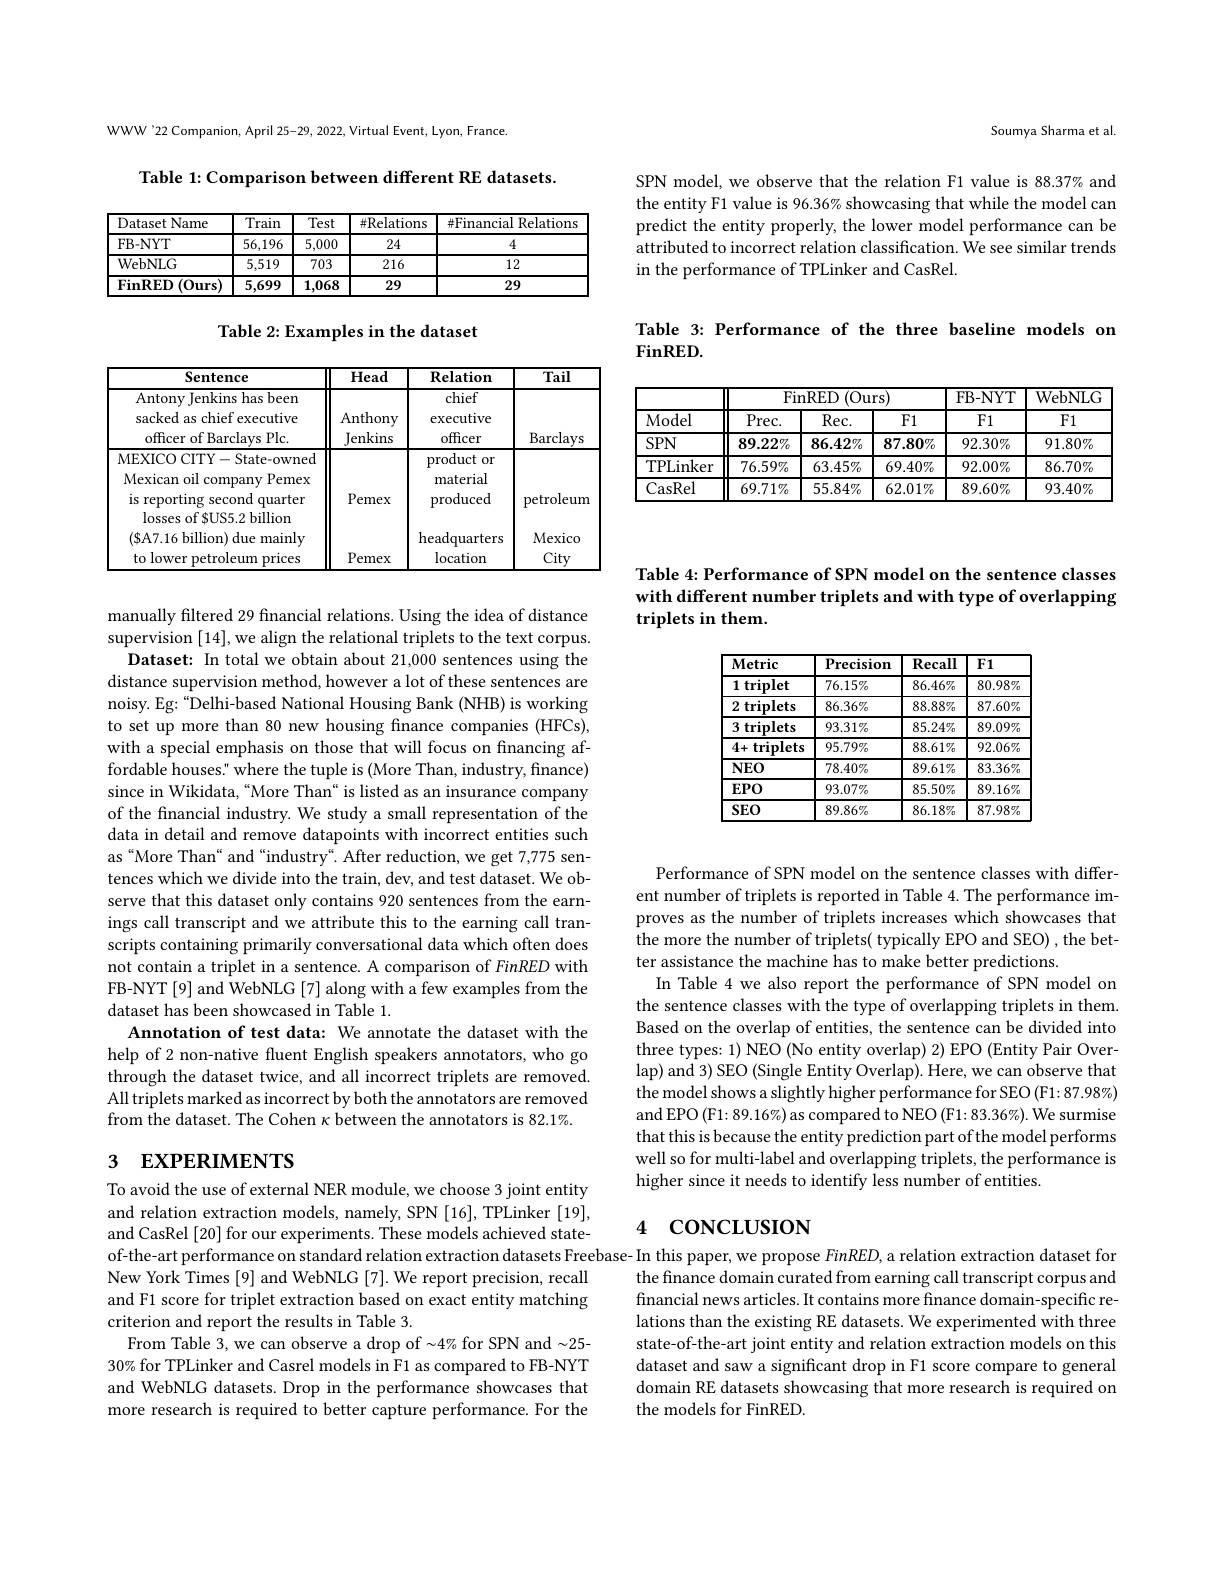
Soumya Sharma et al.

SPN model, we observe that the relation F1 value is 88.37% and the entity F1 value is 96.36% showcasing that while the model can predict the entity properly, the lower model performance can be attributed to incorrect relation classification. We see similar trends in the performance of TPLinker and CasRel.

Table 3: Performance of the three baseline models on
## $\mathbf{FinRED}.$

<table>
	<tbody>
		<tr>
			<th rowspan="2">Model</th>
			<th colspan="3">FinRED ( Ours) </th>
			<th rowspan="2">FB- NYT F1</th>
			<th rowspan="2">WebNLG F1</th>
		</tr>
		<tr>
			<th>Prec. </th>
			<th>Rec. </th>
			<th>F1</th>
		</tr>
		<tr>
			<td>$SPN$</td>
			<td>$89.22\%$</td>
			<td>$86.42\%$</td>
			<td>$87.80\%$</td>
			<td>$92.30\%$</td>
			<td>$91.80\%$</td>
		</tr>
		<tr>
			<td>TPLinker</td>
			<td>$76.59\%$</td>
			<td>$63.45\%$</td>
			<td>$69.40\%$</td>
			<td>$92.00\%$</td>
			<td>$86.70\%$</td>
		</tr>
		<tr>
			<td>CasRel</td>
			<td>$69.71\%$</td>
			<td>$55.84\%$</td>
			<td>$62.01\%$</td>
			<td>$89.60\%$</td>
			<td>$93.40\%$</td>
		</tr>
	</tbody>
</table>

WWW'22 Companion, April 25-29, 2022, Virtual Event, Lyon, France.

Table 1: Comparison between different RE datasets.

<table>
	<tbody>
		<tr>
			<th>$\overline{{\mathrm{Dataset~Name}}}$</th>
			<th>Train</th>
			<th>Test</th>
			<th>#Relations</th>
			<th>$\#$Financial Relations</th>
		</tr>
		<tr>
			<td>FB- NYT</td>
			<td>56,196</td>
			<td>5,000</td>
			<td>24</td>
			<td>4</td>
		</tr>
		<tr>
			<td>WebNLG</td>
			<td>5,519</td>
			<td>703</td>
			<td>216</td>
			<td>12</td>
		</tr>
		<tr>
			<td>$(0\mathbf{urs})$ FinRED</td>
			<td>5,699</td>
			<td>1,068</td>
			<td>29</td>
			<td>29</td>
		</tr>
	</tbody>
</table>

Table 2: Examples in the dataset

<table>
	<tbody>
		<tr>
			<th>$\mathbf{Sentence}$</th>
			<th>Head</th>
			<th>${\mathbf{Relation}}$</th>
			<th>Tail</th>
		</tr>
		<tr>
			<td>Antony Jenkins has been sacked as chief executive officer of Barclays Plc.</td>
			<td>Anthony Jenkins</td>
			<td>chief executive officer</td>
			<td>$\operatorname{Barclays}$</td>
		</tr>
		<tr>
			<td>Mexican oil company Pemex is reporting second quarter $losses~of~\$US5.2~billion$ (SA7.16 billion) due mainly to lower petroleum prices</td>
			<td>Pemex Pemex</td>
			<td>material produced ${\mathrm{headquarters}}$ location</td>
			<td>petroleum Mexico Citv</td>
		</tr>
	</tbody>
</table>

manually filtered 29 financial relations. Using the idea of distance supervision [14],we align the relational triplets to the text corpus.
Dataset: In total we obtain about 21,000 sentences using the distance supervision method, however a lot of these sentences are noisy. Eg: “Delhi-based National Housing Bank (NHB) is working to set up more than 80 new housing finance companies (HFCs), with a special emphasis on those that will focus on financing affordable houses:" where the tuple is (More Than, industry, finance) since in Wikidata,“More Than" is listed as an insurance company of the fnancial industry. We study a small representation of the data in detail and remove datapoints with incorrect entities such as“More Than“and“industry“. After reduction, we get 7,775 sentences which we divide into the train, dev, and test dataset. We observe that this dataset only contains 920 sentences from the earnings call transcript and we attribute this to the earning call transcripts containing primarily conversational data which often does not contain a triplet in a sentence. A comparison of FinRED with FB-NYT [9] and WebNLG [7] along with a few examples from the dataset has been showcased in Table 1.
Annotation of test data: We annotate the dataset with the help of 2 non-native fluent English speakers annotators, who go through the dataset twice, and all incorrect triplets are removed. All triplets marked as incorrect by both the annotators are removed from the dataset. The Cohen $\kappa$ between the annotators is 82.1%.

## 3 $\textbf{EXPERIMENTS}$

To avoid the use of external NER module, we choose 3 joint entity and relation extraction models, namely, SPN [16], TPLinker [19], and CasRel [20] for our experiments. These models achieved stateof-the-art performance on standard relation extraction datasets Freebase- In this paper, we propose FinRED, a relation extraction dataset for
New York Times [9] and WebNLG [7]. We report precision, recall and F1 score for triplet extraction based on exact entity matching criterion and report the results in Table 3.
From Table 3, we can observe a drop of -4% for SPN and -25- 30% for TPLinker and Casrel models in F1 as compared to FB-NYT and WebNLG datasets. Drop in the performance showcases that more research is required to better capture performance. For the

Table 4: Performance of SPN model on the sentence classes with different number triplets and with type of overlapping triplets in them.

<table>
	<tbody>
		<tr>
			<th>$\mathbf{Metric}$</th>
			<th>$\mathbf{Precision}$</th>
			<th>$\mathbf{Recall}$</th>
			<th>$F1$</th>
		</tr>
		<tr>
			<td>1 $\mathbf{triplet}$</td>
			<td>$76.15\%$</td>
			<td>$86.46\%$</td>
			<td>$80.98\%$</td>
		</tr>
		<tr>
			<td>2 $\mathbf{triplets}$</td>
			<td>$86.36\%$</td>
			<td>$88.88\%$</td>
			<td>$87.60\%$</td>
		</tr>
		<tr>
			<td>3 $\mathbf{triplets}$</td>
			<td>$93.31\%$</td>
			<td>$85.24\%$</td>
			<td>$89.09\%$</td>
		</tr>
		<tr>
			<td>4+ $\mathbf{triplets}$</td>
			<td>$95.79\%$</td>
			<td>$88.61\%$</td>
			<td>$92.06\%$</td>
		</tr>
		<tr>
			<td>$NEO$</td>
			<td>$78.40\%$</td>
			<td>$89.61\%$</td>
			<td>$83.36\%$</td>
		</tr>
		<tr>
			<td>$EPO$</td>
			<td>$93.07\%$</td>
			<td>$85.50\%$</td>
			<td>$89.16\%$</td>
		</tr>
		<tr>
			<td>$SEO$</td>
			<td>$89.86\%$</td>
			<td>$86.18\%$</td>
			<td>$87.98\%$</td>
		</tr>
	</tbody>
</table>

Performance of SPN model on the sentence classes with different number of triplets is reported in Table 4. The performance improves as the number of triplets increases which showcases that the more the number of triplets( typically EPO and SEO) , the better assistance the machine has to make better predictions
In Table 4 we also report the performance of SPN model on the sentence classes with the type of overlapping triplets in them. Based on the overlap of entities, the sentence can be divided into three types: 1) NEO (No entity overlap) 2) EPO (Entity Pair Overlap) and 3) SEO (Single Entity Overlap). Here, we can observe that the model shows a slightly higher performance for SEO (F1: 87.98%) and EPO (F1: 89.16%) as compared to NEO (F1: 83.36%). We surmise that this is because the entity prediction part of the model performs well so for multi-label and overlapping triplets, the performance is higher since it needs to identify less number of entities.

## 4 CONCLUSION

the finance domain curated from earning call transcript corpus and financial news articles. It contains more finance domain-specific relations than the existing RE datasets. We experimented with three state-of-the-art joint entity and relation extraction models on this dataset and saw a significant drop in F1 score compare to general domain RE datasets showcasing that more research is required on the models for FinRED.